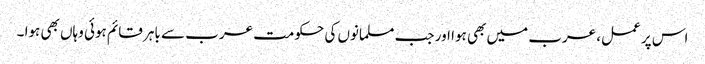
اس پر عمل، عرب میں بھی ہوا اور جب مسلمانوں کی حکومت عرب سے باہر قائم ہوئی وہاں بھی ہوا ۔